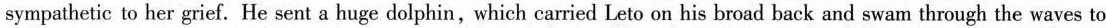
sympathetic to her grief. He sent a huge dolphin,which carried Leto on his broad back and swam through the waves to